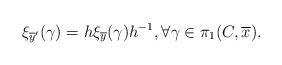
LaTeX: \begin{align*}\xi_{\overline{y}'}(\gamma)=h\xi_{\overline{y}}(\gamma)h^{-1}, \forall \gamma\in \pi_{1}(C,\overline{x}).\end{align*}